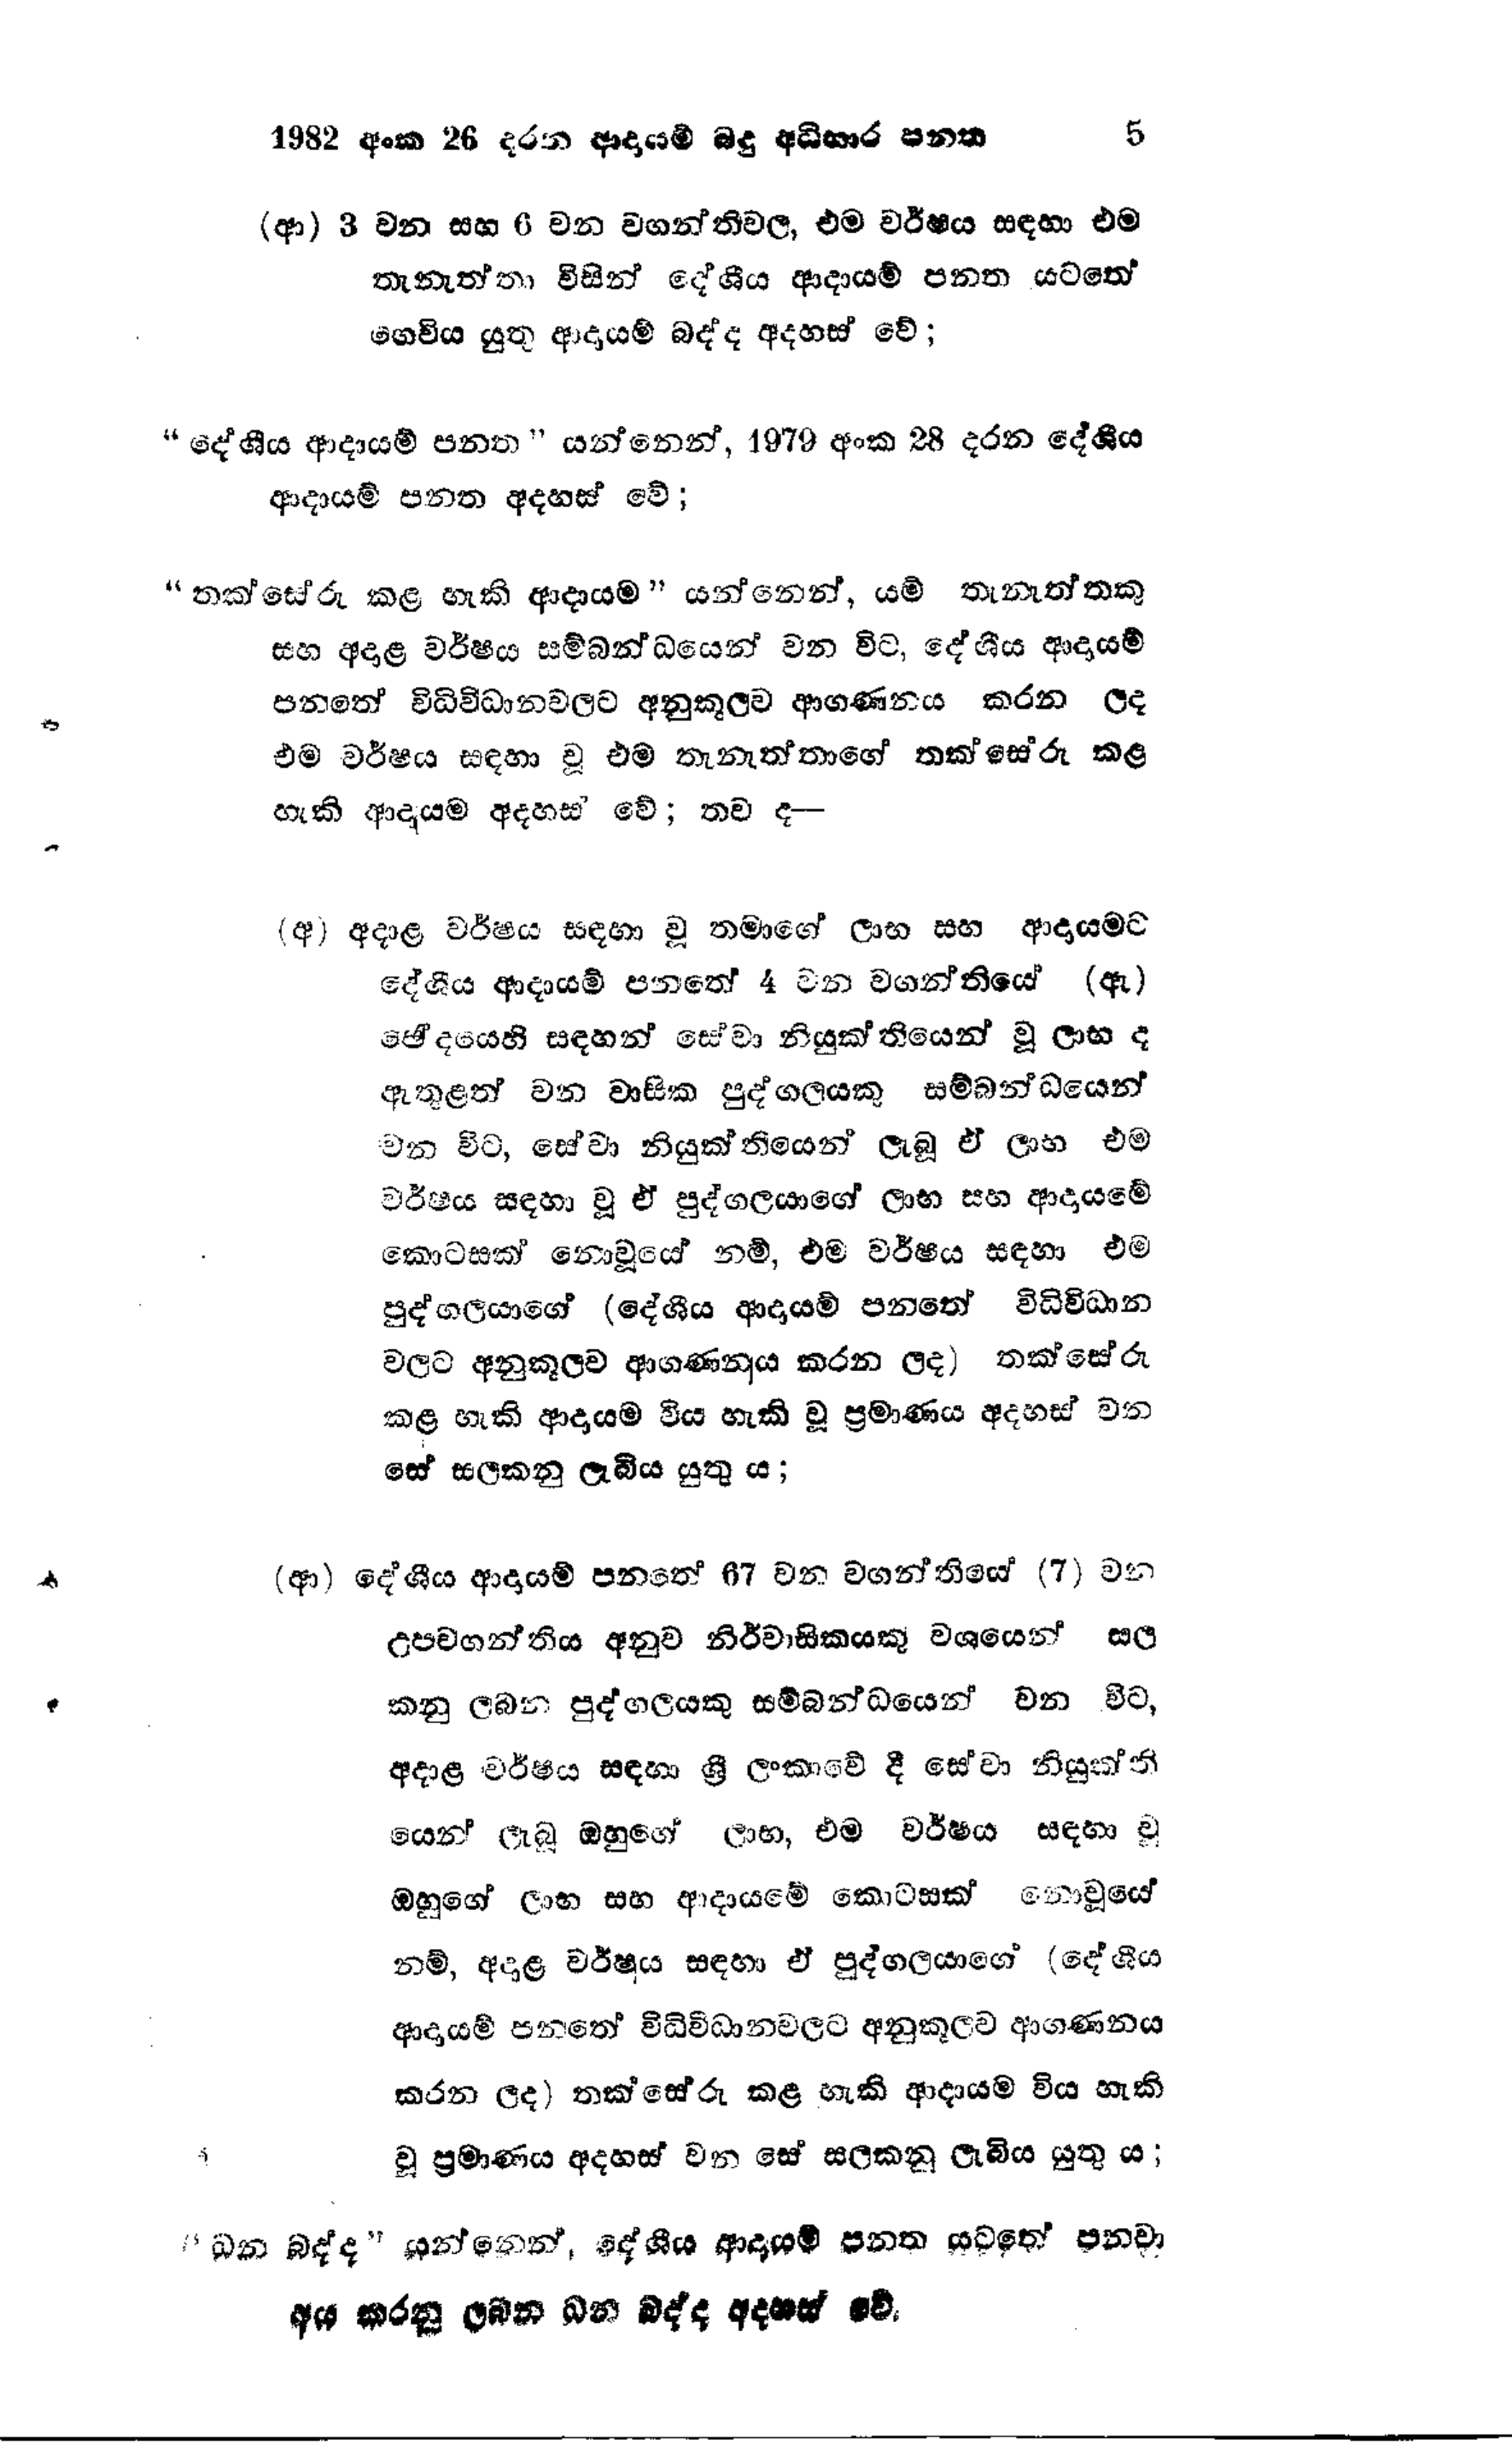
1982 අංක 26 දරන ආදායම් බදු අධිභාර පනත  5

(ආ) 3 වන සහ 6 වන වගන්තිවල, එම වර්ෂය සඳහා එම
තැනැත්තා විසින් දේශීය ආදායම් පනත යටතේ
ගෙවිය යුතු ආදායම් බද්ද අදහස් වේ;

"දේශීය ආදායම් පනත " යන්නෙන්, 1979 අංක 28 දරන දේශීය
ආදායම් පනත අදහස් වේ;

"තක්සේරු කළ හැකි ආදායම " යන්නෙන්, යම් තැනැත්තකු
සහ අදාළ වර්ෂය සම්බන්ධයෙන් වන විට, දේශීය ආදායම්
පනතේ විධිවිධානවලට අනුකූලව ආගණනය කරන ලද
එම වර්ෂය සඳහා වූ එම තැනැත්තාගේ තක්සේරු කළ
හැකි ආදායම අදහස් වේ; තව ද−

(අ) අදාළ වර්ෂය සඳහා වූ තමාගේ ලාභ සහ ආදායමට
දේශීය ආදායම් පනතේ 4 වන වගන්තියේ (ඇ)
ඡේදයෙහි සඳහන් සේවා නියුක්තියෙන් වූ ලාභ ද
ඇතුළත් වන වාසික පුද්ගලයකු සම්බන්ධයෙන්
වන විට, සේවා නියුක්තියෙන් ලැබූ ඒ ලාභ එම
වර්ෂය සඳහා වූ ඒ පුද්ගලයාගේ ලාභ සහ ආදායමේ
කොටසක් නොවූයේ නම්, එම වර්ෂය සඳහා එම
පුද්ගලයාගේ ( දේශීය ආදායම් පනතේ විධිවිධාන
වලට අනුකූලව ආගණනය කරන ලද) තක්සේරු
කළ හැකි ආදායම විය හැකි වූ ප්‍රමාණය අදහස් වන
සේ සලකනු ලැබිය යුතු ය;

(ආ) දේශීය ආදායම් පනතේ 67 වන වගන්තියේ (7) වන
උපවගන්තිය අනුව නිර්වාසිකයකු වශයෙන් සල
කනු ලබන පුද්ගලයකු සම්බන්ධයෙන් වන විට,
අදාළ වර්ෂය සඳහා ශ්‍රී ලංකාවේ දී සේවා නියුක්ති
යෙන් ලැබූ ඔහුගේ ලාභ, එම වර්ෂය සඳහා වු
ඔහුගේ ලාභ සහ ආදායමේ කොටසක් නොවූයේ
නම්, අදාළ වර්ෂය සඳහා ඒ පුද්ගලයාගේ (දේශීය
ආදායම් පනතේ විධිවිධානවලට අනුකූලව ආගණනය
කරන ලද) තක්සේරු කළ හැකි ආදායම විය හැකි
වු ප්‍රමාණය අදහස් වන සේ සලකනු ලැබිය යුතු ය;

"ධන බද්ද " යන්නෙන්, දේශීය ආදායම් පනත යටතේ පනවා
අය කරනු ලබන ධන බද්ද අදහස් වේ.